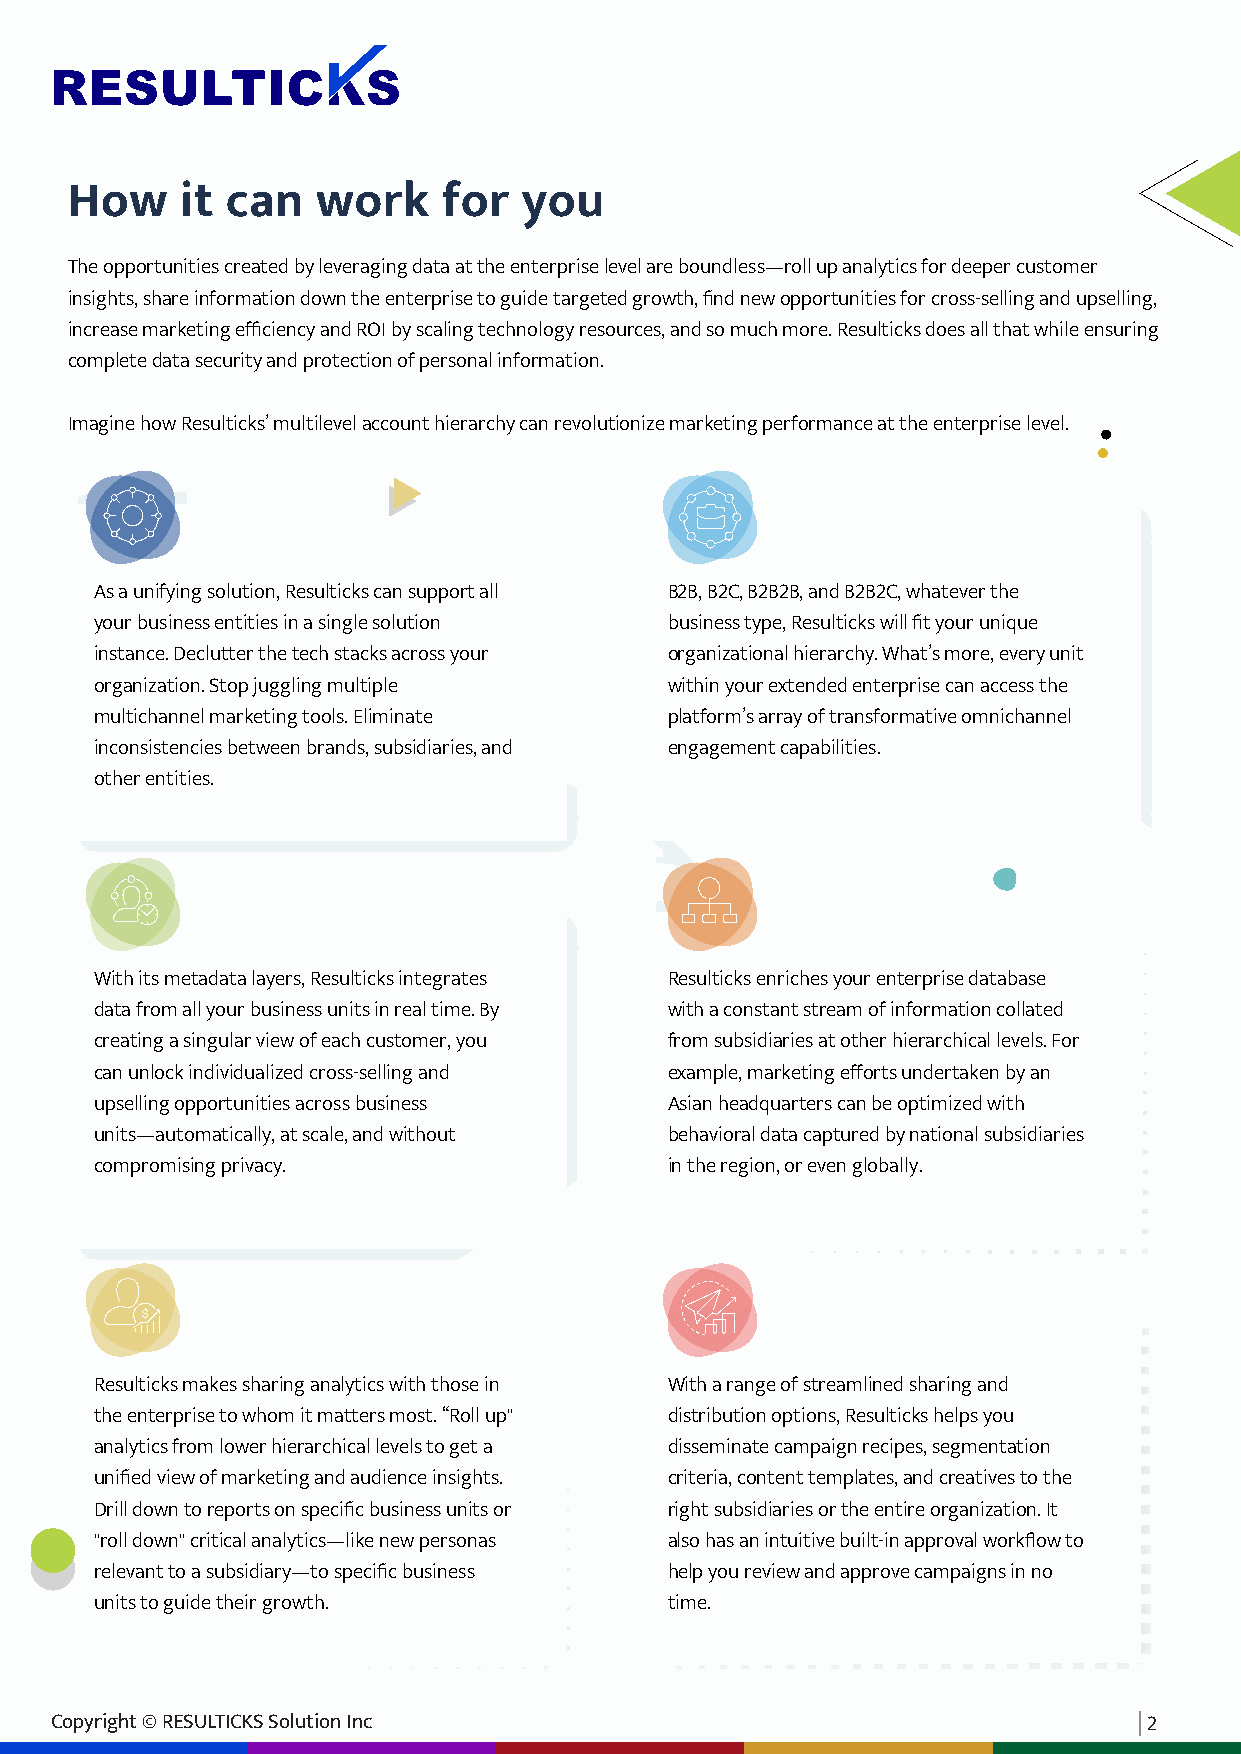
How     it can   work    for  you
 The opportunities created by leveraging data at the enterprise level are boundless—roll up analytics for deeper customer
 insights, share information down the enterprise to guide targeted growth, find new opportunities for cross-selling and upselling,
 increase marketing efficiency and ROI by scaling technology resources, and so much more. Resulticks does all that while ensuring
 complete data security and protection of personal information.
 Imagine how Resulticks’ multilevel account hierarchy can revolutionize marketing performance at the enterprise level.
 As a unifying solution, Resulticks can support all B2B, B2C, B2B2B, and B2B2C, whatever the
 your business entities in a single solution business type, Resulticks will fit your unique
 instance. Declutter the tech stacks across your organizational hierarchy. What’s more, every unit
 organization. Stop juggling multiple  within your extended enterprise can access the
 multichannel marketing tools. Eliminate platform’s array of transformative omnichannel
 inconsistencies between brands, subsidiaries, and engagement capabilities.
 other entities.
 With its metadata layers, Resulticks integrates Resulticks enriches your enterprise database
 data from all your business units in real time. By with a constant stream of information collated
 creating a singular view of each customer, you from subsidiaries at other hierarchical levels. For
 can unlock individualized cross-selling and example, marketing efforts undertaken by an
 upselling opportunities across business Asian headquarters can be optimized with
 units—automatically, at scale, and without behavioral data captured by national subsidiaries
 compromising privacy.                 in the region, or even globally.
 Resulticks makes sharing analytics with those in With a range of streamlined sharing and
 the enterprise to whom it matters most. “Roll up" distribution options, Resulticks helps you
 analytics from lower hierarchical levels to get a disseminate campaign recipes, segmentation
 unified view of marketing and audience insights. criteria, content templates, and creatives to the
 Drill down to reports on specific business units or right subsidiaries or the entire organization. It
 "roll down" critical analytics—like new personas also has an intuitive built-in approval workflow to
 relevant to a subsidiary—to specific business help you review and approve campaigns in no
 units to guide their growth.          time.
 Copyright © RESULTICKS Solution Inc                                      2